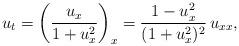
LaTeX: \begin{align*}u_{t}=\left(\frac{u_{x}}{1+u_{x}^{2}}\right)_{x}=\frac{1-u_{x}^{2}}{(1+u_{x}^{2})^{2}}\,u_{xx},\end{align*}